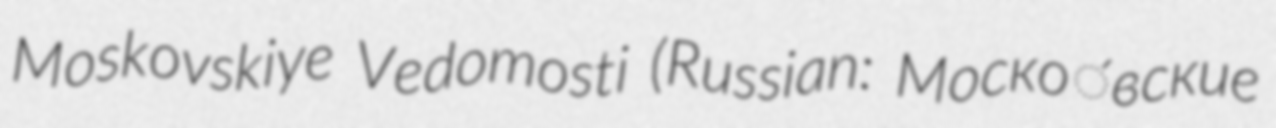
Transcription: Moskovskiye Vedomosti (Russian: Моско́вские